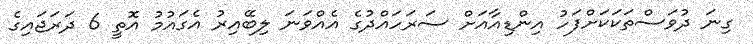
ގިނަ ދުވަސްތަކަކަށްފަހު އިންޑިއާއަށް ސަރަހައްދުގެ އެއްވަނަ ލިބޭއިރު އެގައުމު އޮތީ 6 ދަރަޖައިގެ